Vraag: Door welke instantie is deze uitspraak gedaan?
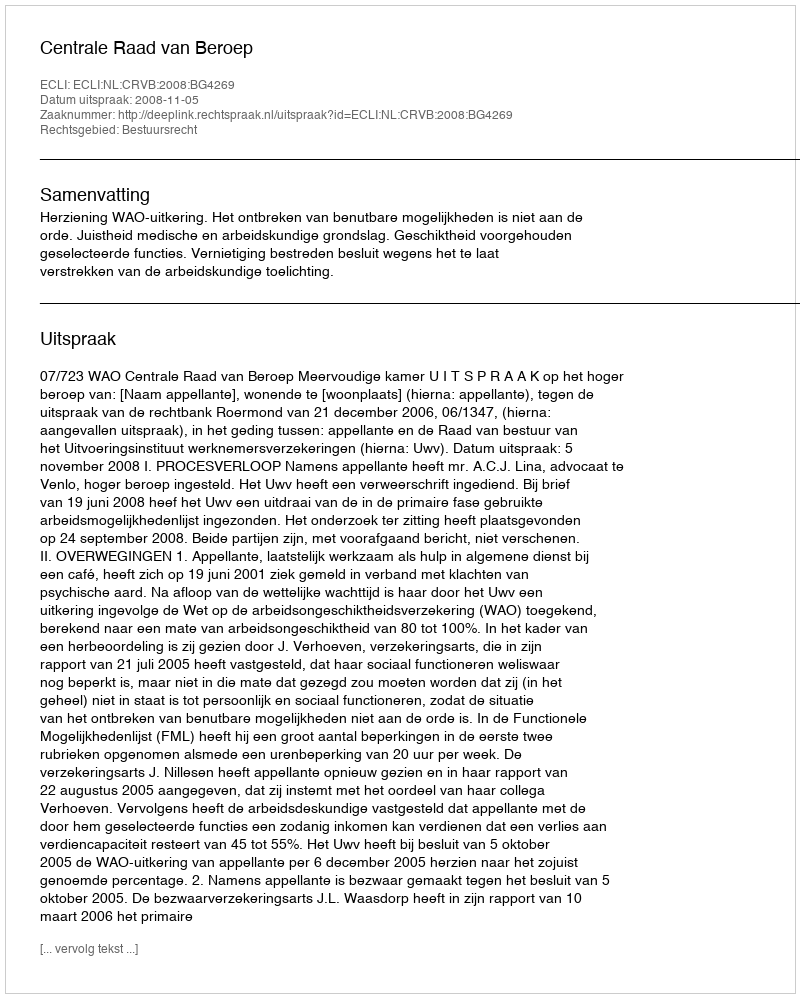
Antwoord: Centrale Raad van Beroep